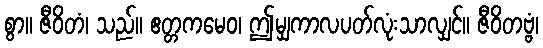
စွာ။ ဇီဝိတံ၊ သည်။ ဧတ္တကမေဝ၊ ဤမျှကာလပတ်လုံးသာလျှင်။ ဇီဝိတဗ္ဗံ၊